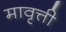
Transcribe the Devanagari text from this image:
मावृत्ती